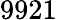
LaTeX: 9921